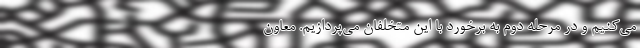
می‌کنیم و در مرحله دوم به برخورد با این متخلفان می‌پردازیم. معاون